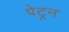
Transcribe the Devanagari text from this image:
पेट्रन